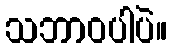
သဘာဝပါပဲ။